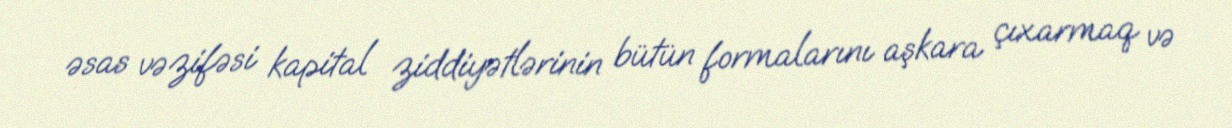
əsas vəzifəsi kapital ziddiyətlərinin bütün formalarını aşkara çıxarmaq və